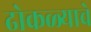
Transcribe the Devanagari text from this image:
ढोकळ्याचे